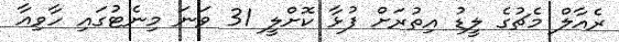
ރެއާލް މެޗުގެ ލީޑު އިތުރަށް ފުޅާ ކޮށްލީ 31 ވަނަ މިނެޓުގައި ހާވިއާ